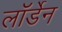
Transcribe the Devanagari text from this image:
लॉर्डेन